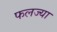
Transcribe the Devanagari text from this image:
फलज्या